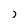
Character: J